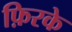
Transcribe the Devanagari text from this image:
फ़िरके